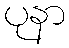
ပုနာ